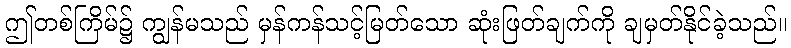
ဤတစ်ကြိမ်၌ ကျွန်မသည် မှန်ကန်သင့်မြတ်သော ဆုံးဖြတ်ချက်ကို ချမှတ်နိုင်ခဲ့သည်။